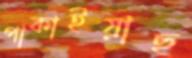
পাকাইয়াছ